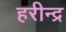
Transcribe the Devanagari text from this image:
हरीन्द्र